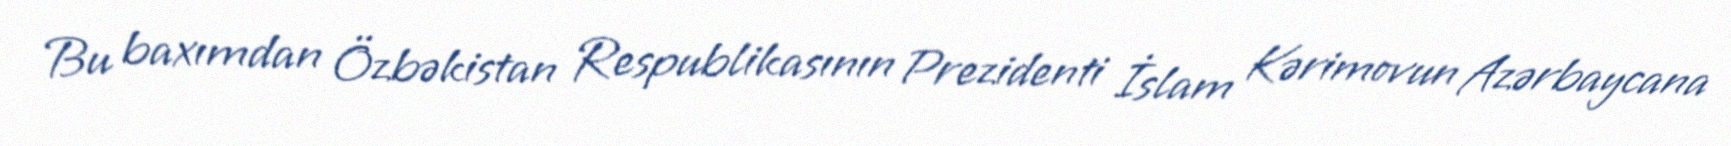
Bu baxımdan Özbəkistan Respublikasının Prezidenti İslam Kərimovun Azərbaycana